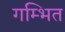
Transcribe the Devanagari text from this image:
गम्भित